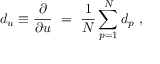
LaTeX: d _ { u } \equiv \frac { \partial } { \partial u } \ = \ \frac { 1 } { N } \sum _ { p = 1 } ^ { N } d _ { p } \ ,